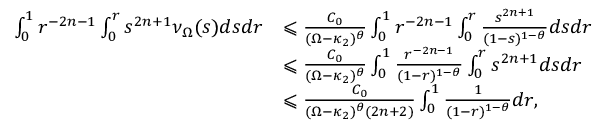
\begin{array} { r l } { \int _ { 0 } ^ { 1 } r ^ { - 2 n - 1 } \int _ { 0 } ^ { r } s ^ { 2 n + 1 } \nu _ { \Omega } ( s ) d s d r } & { \leqslant \frac { C _ { 0 } } { ( \Omega - \kappa _ { 2 } ) ^ { \theta } } \int _ { 0 } ^ { 1 } r ^ { - 2 n - 1 } \int _ { 0 } ^ { r } \frac { s ^ { 2 n + 1 } } { ( 1 - s ) ^ { 1 - \theta } } d s d r } \\ & { \leqslant \frac { C _ { 0 } } { ( \Omega - \kappa _ { 2 } ) ^ { \theta } } \int _ { 0 } ^ { 1 } \frac { r ^ { - 2 n - 1 } } { ( 1 - r ) ^ { 1 - \theta } } \int _ { 0 } ^ { r } { s ^ { 2 n + 1 } } d s d r } \\ & { \leqslant \frac { C _ { 0 } } { ( \Omega - \kappa _ { 2 } ) ^ { \theta } ( 2 n + 2 ) } \int _ { 0 } ^ { 1 } \frac { 1 } { ( 1 - r ) ^ { 1 - \theta } } d r , } \end{array}